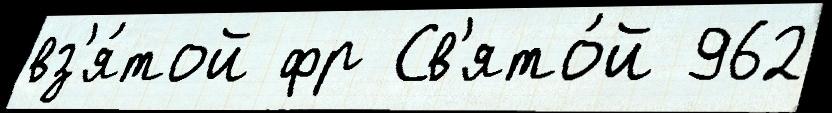
вз'я́той фр Св'ято́й 962